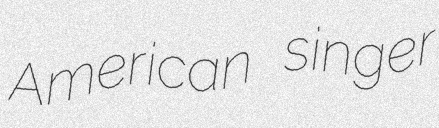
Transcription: American singer